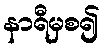
နာရီမှစ၍